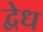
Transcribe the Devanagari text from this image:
द्वेध